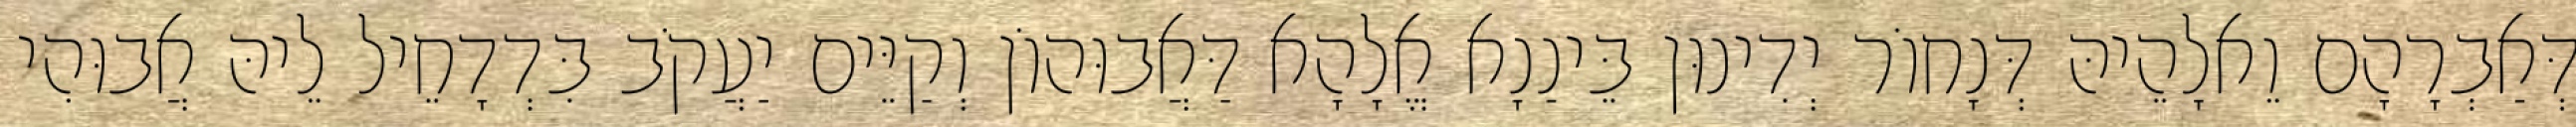
דְּאַבְרָהָם וֵאלָהֵיהּ דְּנָחוֹר יְדִינוּן בֵּינַנָא אֱלָהָא דַּאֲבוּהוֹן וְקַיֵּים יַעֲקֹב בִּדְדָחֵיל לֵיהּ אֲבוּהִי